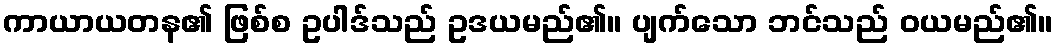
ကာယာယတန၏ ဖြစ်စ ဥပါဒ်သည် ဥဒယမည်၏။ ပျက်သော ဘင်သည် ဝယမည်၏။